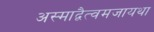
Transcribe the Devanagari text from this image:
अस्माद्वैत्वमजायथा